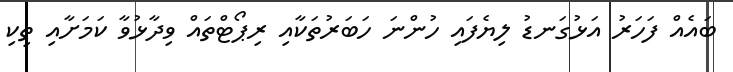
ބައެއް ފަހަރު އަޅުގަނޑު ލިޔެފައި ހުންނަ ހަބަރުތަކާއި ރިޕޯޓްތައް ވިދާޅުވާ ކަމަށާއި ތިކި